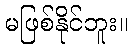
မဖြစ်နိုင်ဘူး။